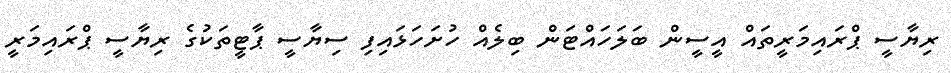
ރިޔާސީ ޕްރައިމަރީތައް އީސީން ބަލަހައްޓަން ބިލެއް ހުށަހަޅައިފި ސިޔާސީ ޕާޓީތަކުގެ ރިޔާސީ ޕްރައިމަރީ